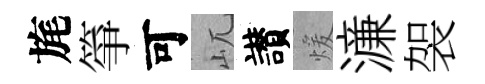
旄箏可屼讃煖濓袈